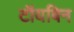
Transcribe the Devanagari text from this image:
टॉयबिन